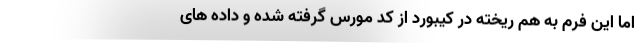
اما این فرم به هم ریخته در کیبورد از کد مورس گرفته شده و داده های